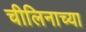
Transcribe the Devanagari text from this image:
चीलिनाच्या